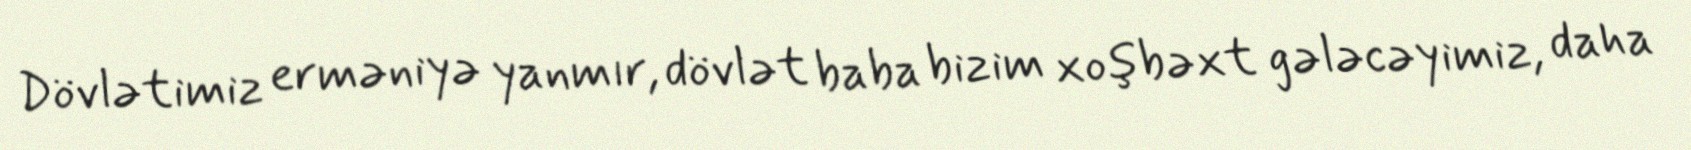
Dövlətimiz erməniyə yanmır, dövlət baba bizim xoşbəxt gələcəyimiz, daha